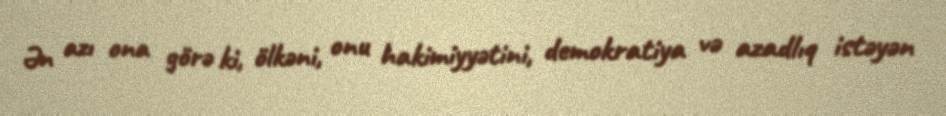
Ən azı ona görə ki, ölkəni, onu hakimiyyətini, demokratiya və azadlıq istəyən